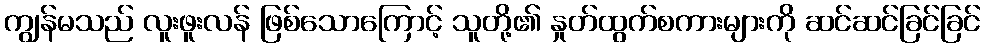
ကျွန်မသည် လူးဖူးလန် ဖြစ်သောကြောင့် သူတို့၏ နှုတ်ထွက်စကားများကို ဆင်ဆင်ခြင်ခြင်